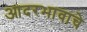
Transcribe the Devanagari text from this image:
आदरभावाचे